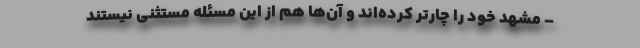
– مشهد خود را چارتر کرده‌اند و آن‌ها هم از این مسئله مستثنی نیستند